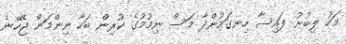
މަހު ލިބުނު ފައިސާ ހިނގަމުންދާ މަސް ނިމުމުގެ ކުރިން ބަހާ ނިންމަން ޖެހޭނެ